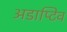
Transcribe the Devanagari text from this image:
अडाप्टिव